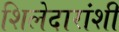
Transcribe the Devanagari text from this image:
शिलेदारांशी